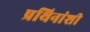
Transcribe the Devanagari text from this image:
प्रथिनांशी